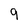
Character: 9